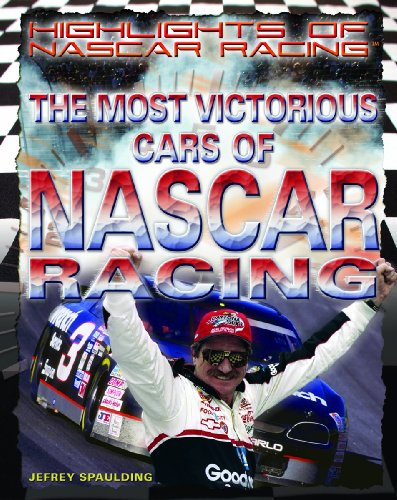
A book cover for The Most Victorious Cars of NASCAR Racing (Highlights of Nascar Racing); Jeffrey Spaulding; Teen & Young Adult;